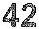
42